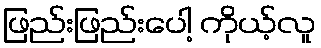
ဖြည်းဖြည်းပေါ့ ကိုယ့်လူ